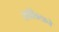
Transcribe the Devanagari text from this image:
तपशिलाने